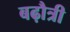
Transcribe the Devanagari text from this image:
बढ़ौत्री